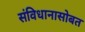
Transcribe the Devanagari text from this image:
संविधानासोबत